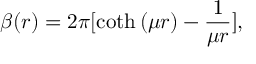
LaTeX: \beta ( r ) = { 2 \pi } [ \coth { ( \mu r ) } - \frac { 1 } { \mu r } ] ,